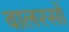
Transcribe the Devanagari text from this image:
वालरसों